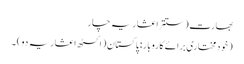
بھارت (ستتر اعشاریہ چار
(خودمختاری برائے کاروبار: پاکستان (اکسٹھ اعشاریہ دو) ۔